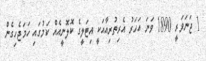
1 ޖަނަވަރީ 1890 ވަނަ އަހަރު އެރިތުރިއާއަކީ އިޓަލީގެ ކޮލޮނީއެއް ކަމުގައި ހަމަޖެހިގެން